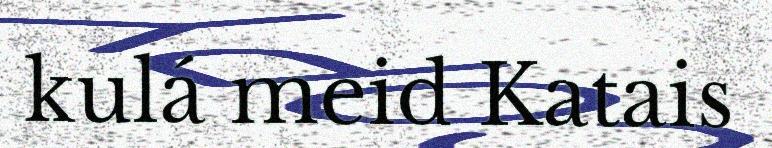
kulá meid Katais